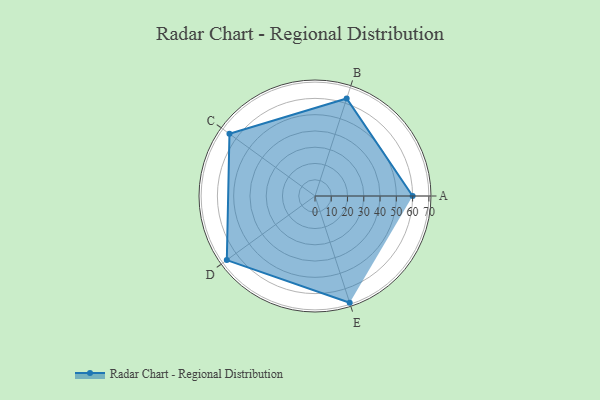
{"axis": {"x": "Skill", "y": "Score"}, "legend": ["Profile"], "data": [{"x": "A", "y": 60.0, "type": "Profile"}, {"x": "B", "y": 63.0, "type": "Profile"}, {"x": "C", "y": 65.0, "type": "Profile"}, {"x": "D", "y": 67.0, "type": "Profile"}, {"x": "E", "y": 69.0, "type": "Profile"}]}